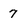
Character: 7